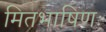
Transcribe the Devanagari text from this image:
मितभाषिणः